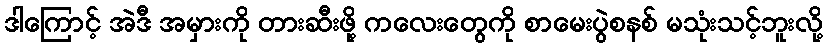
ဒါကြောင့် အဲဒီ အမှားကို တားဆီးဖို့ ကလေးတွေကို စာမေးပွဲစနစ် မသုံးသင့်ဘူးလို့